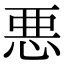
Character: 悪